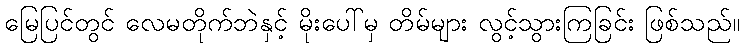
မြေပြင်တွင် လေမတိုက်ဘဲနှင့် မိုးပေါ်မှ တိမ်များ လွင့်သွားကြခြင်း ဖြစ်သည်။